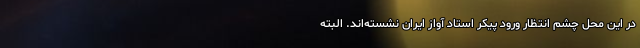
در این محل چشم‌ انتظار ورود پیکر استاد آواز ایران نشسته‌اند. البته